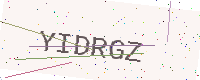
Text: YIDRGZ